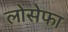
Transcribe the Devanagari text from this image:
लोसेफा